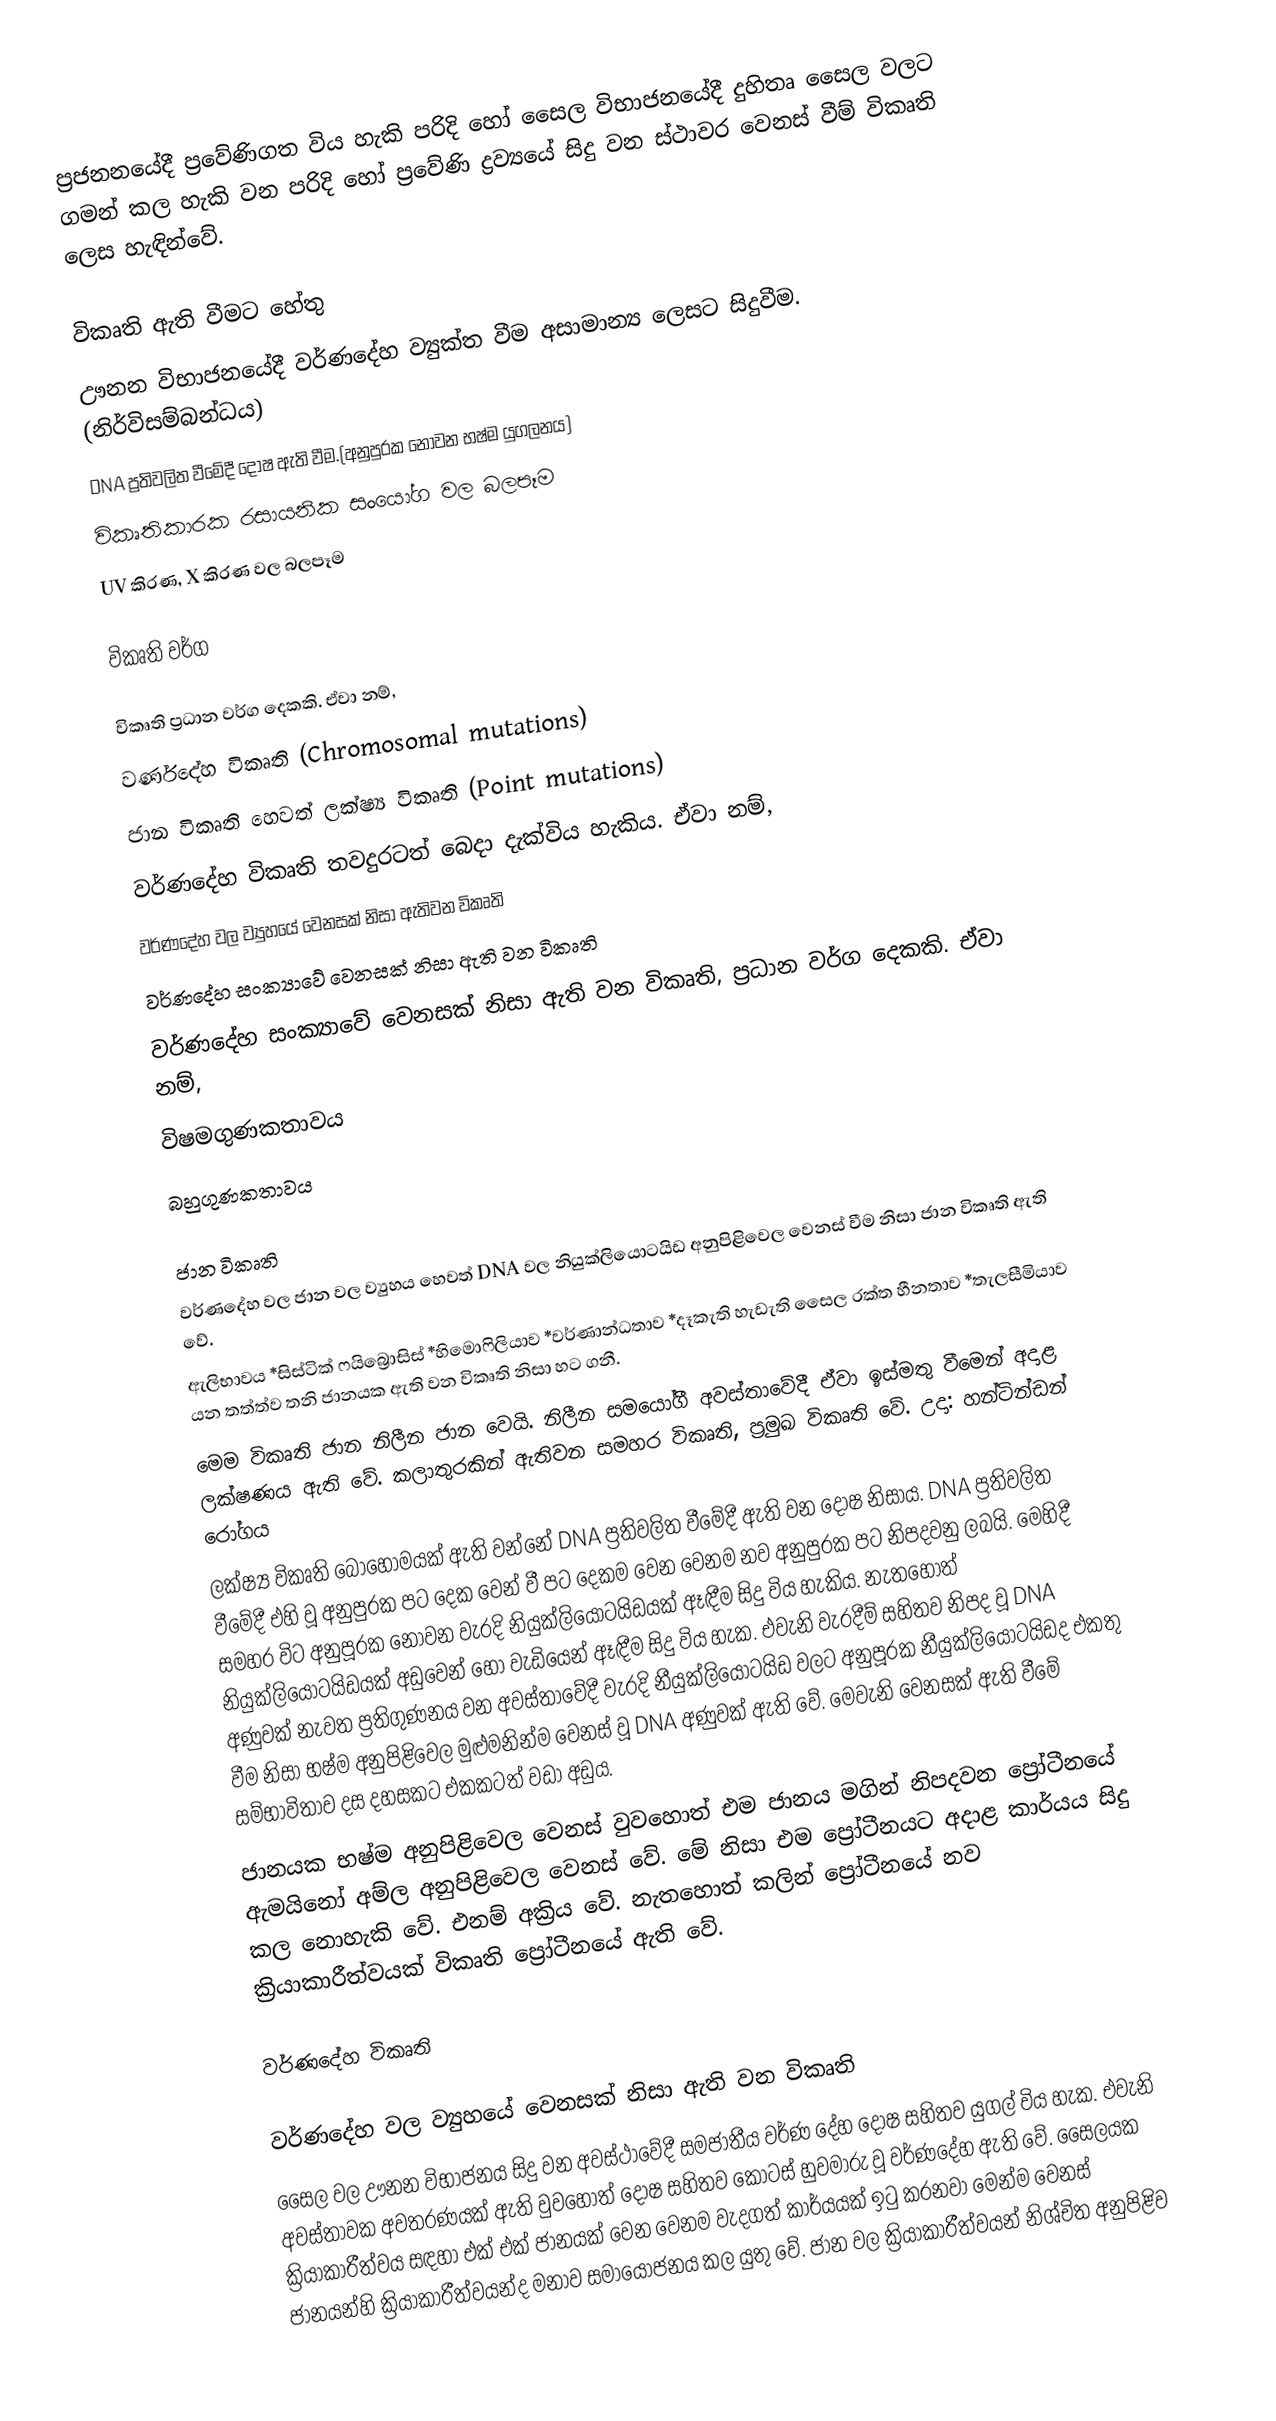
ප්‍රජනනයේදී ප්‍රවේණිගත විය හැකි පරිදි හෝ සෛල විභාජනයේදී දුහිතෘ සෛල වලට ගමන් කල හැකි වන පරිදි හෝ ප්‍රවේණි ද්‍රව්‍යයේ සිදු වන ස්ථාවර වෙනස් වීම් විකෘති ලෙස හැඳින්වේ.

විකෘති ඇති වීමට හේතු
ඌනන විභාජනයේදී වර්ණදේහ ව්‍යුක්ත වීම අසාමාන්‍ය ලෙසට සිදුවීම. (නිර්විසම්බන්ධය)
DNA ප්‍රතිවලිත වීමේදී දෝෂ ඇති වීම.(අනුපුරක නොවන භෂ්ම යුගලනය)
විකෘතිකාරක රසායනික සංයෝග වල බලපෑම
 UV කිරණ, X කිරණ වල බලපෑම

විකෘති වර්ග

විකෘති ප්‍රධාන වර්ග දෙකකි. ඒවා නම්,
වර්ණදේහ විකෘති (Chromosomal mutations)
ජාන විකෘති හෙවත් ලක්ෂ්‍ය විකෘති (Point mutations)
වර්ණදේහ විකෘති තවදුරටත් බෙදා දැක්විය හැකිය. ඒවා නම්,
වර්ණදේහ වල ව්‍යුහයේ වෙනසක් නිසා ඇතිවන විකෘති
වර්ණදේහ සංක්‍යාවේ වෙනසක් නිසා ඇති වන විකෘති
වර්ණදේහ සංක්‍යාවේ වෙනසක් නිසා ඇති වන විකෘති, ප්‍රධාන වර්ග දෙකකි. ඒවා නම්,
විෂමගුණකතාවය
බහුගුණකතාවය

ජාන විකෘති
වර්ණදේහ වල ජාන වල ව්‍යුහය හෙවත් DNA වල නියුක්ලියොටයිඩ අනුපිළිවෙල වෙනස් වීම නිසා ජාන විකෘති ඇති වේ.
ඇලිභාවය *සිස්ටික් ෆයිබ්‍රොසිස් *හිමොෆිලියාව *වර්ණාන්ධතාව  *දෑකැති හැඩැති සෛල රක්ත හීනතාව *තැලසීමියාව යන තත්ත්ව තනි ජානයක ඇති වන විකෘති නිසා හට ගනී.
මෙම විකෘති ජාන නිලීන ජාන වෙයි. නිලීන සමයෝගී අවස්තාවේදී ඒවා ඉස්මතු වීමෙන් අදාළ ලක්ෂණය ඇති වේ. කලාතුරකින් ඇතිවන සමහර විකෘති, ප්‍රමුඛ විකෘති වේ. උදා: හන්ටින්ඩන් රෝගය
ලක්ෂ්‍ය විකෘති බොහොමයක් ඇති වන්නේ DNA ප්‍රතිවලිත වීමේදී ඇති වන දෝෂ නිසාය. DNA ප්‍රතිවලිත වීමේදී එහි වූ අනුපුරක පට දෙක වෙන් වී පට දෙකම වෙන වෙනම නව අනුපුරක පට නිපදවනු ලබයි. මෙහිදී සමහර විට අනුපූරක නොවන වැරදි නියුක්ලියොටයිඩයක් ඈඳීම සිදු විය හැකිය. නැතහොත් නියුක්ලියොටයිඩයක් අඩුවෙන් හෝ වැඩියෙන් ඈඳීම සිදු විය හැක. එවැනි වැරදීම් සහිතව නිපද වූ DNA අණුවක් නැවත ප්‍රතිගුණනය වන අවස්තාවේදී වැරදි නීයුක්ලියොටයිඩ වලට අනුපූරක නීයුක්ලියොටයිඩද එකතු වීම නිසා භෂ්ම අනුපිළිවෙල මුළුමනින්ම වෙනස් වූ DNA අණුවක් ඇති වේ. මෙවැනි වෙනසක් ඇති වීමේ සම්භාවිතාව දස දහසකට එකකටත් වඩා අඩුය.
ජානයක භෂ්ම අනුපිළිවෙල වෙනස් වුවහොත් එම ජානය මගින් නිපදවන ප්‍රෝටීනයේ ඇමයිනෝ අම්ල අනුපිළිවෙල වෙනස් වේ. මේ නිසා එම ප්‍රෝටීනයට අදාළ කාර්යය සිදු කල නොහැකි වේ. එනම්  අක්‍රිය වේ. නැතහොත් කලින් ප්‍රෝටීනයේ නව ක්‍රියාකාරීත්වයක් විකෘති ප්‍රෝටීනයේ ඇති වේ.

වර්ණදේහ විකෘති

වර්ණදේහ වල ව්‍යුහයේ වෙනසක් නිසා ඇති වන විකෘති
සෛල වල ඌනන විභාජනය සිදු වන අවස්ථාවේදී සමජාතීය වර්ණ දේහ දෝෂ සහිතව යුගල් විය හැක. එවැනි අවස්තාවක අවතරණයක් ඇති වුවහොත් දෝෂ සහිතව කොටස් හුවමාරු වූ වර්ණදේහ ඇති වේ. සෛලයක ක්‍රියාකාරීත්වය සඳහා එක් එක් ජානයක් වෙන වෙනම වැදගත් කාර්යයක් ඉටු කරනවා මෙන්ම වෙනස් ජානයන්හි ක්‍රියාකාරීත්වයන්ද මනාව සමායෝජනය කල යුතු වේ. ජාන වල ක්‍රියාකාරීත්වයන් නිශ්චිත අනුපිළිව